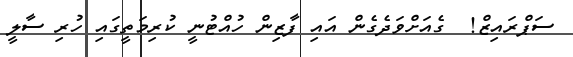
ސަޕްރައިޒް!  ގެއަށްވަދެގެން އައި ފާޒިން ހުއްޓުނީ ކުރިމަތީގައި ހުރި ސާލީ